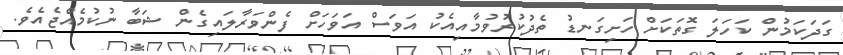
ގަދަކަމުން ކަހަލަ ގޮތަކަށް ހަށިގަނޑު ތެދުކުރުވުމާއިއެކު އަވަސް އަވަހަށް ފެންވަރާލައިގެން ޝަބާ ނުކުމެއްޖެއެވެ.